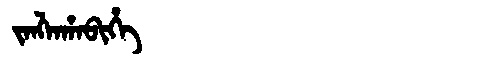
Manchu: ᠵᠠᠩᠯᠠᡥᠠᠪᡳᡥᡝ
Romanization: JANGLAHABIHE